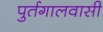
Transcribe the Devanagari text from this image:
पुर्तगालवासी